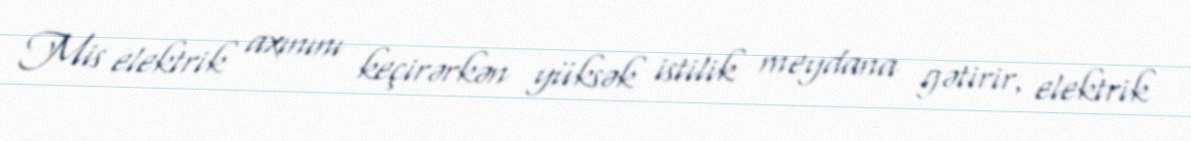
Mis elektrik axınını keçirərkən yüksək istilik meydana gətirir, elektrik